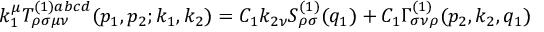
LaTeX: k _ { 1 } ^ { \mu } T _ { \rho \sigma \mu \nu } ^ { ( 1 ) a b c d } ( p _ { 1 } , p _ { 2 } ; k _ { 1 } , k _ { 2 } ) = C _ { 1 } k _ { 2 \nu } S _ { \rho \sigma } ^ { ( 1 ) } ( q _ { 1 } ) + C _ { 1 } \Gamma _ { \sigma \nu \rho } ^ { ( 1 ) } ( p _ { 2 } , k _ { 2 } , q _ { 1 } )